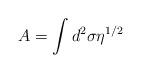
LaTeX: \begin{align*}A=\int d^2\sigma \eta^{1/2}\end{align*}